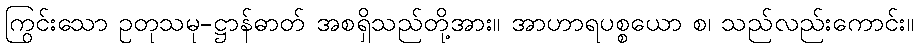
ကြွင်းသော ဥတုသမု-ဋ္ဌာန်ဓာတ် အစရှိသည်တို့အား။ အာဟာရပစ္စယော စ၊ သည်လည်းကောင်း။